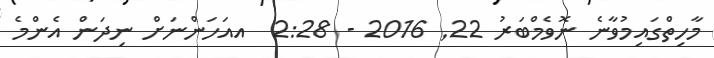
މާހިތްގައިމުވާނެ ނޮވެމްބަރު 22